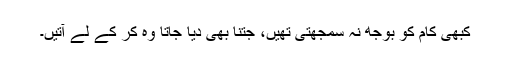
کبھی کام کو بوجھ نہ سمجھتی تھیں، جتنا بھی دیا جاتا وہ کر کے لے آتیں۔